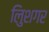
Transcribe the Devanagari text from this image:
लुिशगर